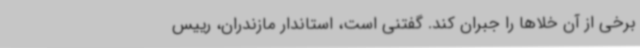
برخی از آن خلاها را جبران کند. گفتنی است، استاندار مازندران، رییس